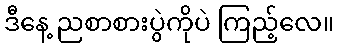
ဒီနေ့ ညစာစားပွဲကိုပဲ ကြည့်လေ။